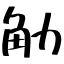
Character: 觔